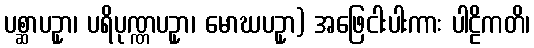
ပစ္ဆာပဥှာ၊ ပရိပုဏ္ဏပဥှာ၊ မောဃပဥှာ) အဖြေငါးပါးကား ပါဠိကတိ၊